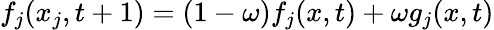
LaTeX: f_{j}(x_{j},t+1)=(1-\omega)f_{j}(x,t)+\omega g_{j}(x,t)